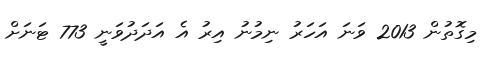
މިގޮތުން 2013 ވަނަ އަހަރު ނިމުނު އިރު އެ އަދަދުވަނީ 773 ޓަނަށް